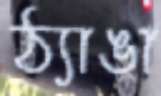
ঠ্যাঙা